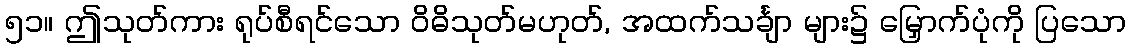
၅၁။ ဤသုတ်ကား ရုပ်စီရင်သော ဝိဓိသုတ်မဟုတ်, အထက်သင်္ချာ များ၌ မြှောက်ပုံကို ပြသော